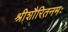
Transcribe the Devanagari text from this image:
श्रीशौरितनमः